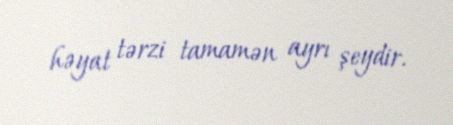
həyat tərzi tamamən ayrı şeydir.